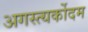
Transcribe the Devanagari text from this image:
अगस्त्यर्कोदम